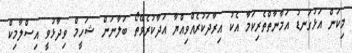
މިކަން އަޅުގަނޑު އަމާނާތްތެރިކަމާ އެކު އިރާދަކުރެއްވިއްޔާ އަދާކުރެވޭތޯ ބަލާނަން ޝަހީމް ވިދާޅުވީ އިސްލާމިކް